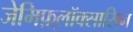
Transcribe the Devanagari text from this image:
जेमिफ़्लॉक्सासिन